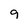
Character: 9